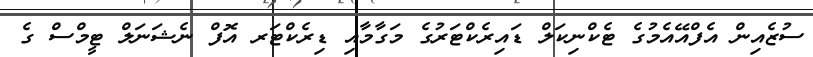
ސުޒެއިން އެފްއޭއެމުގެ ޓެކްނިކަލް ޑައިރެކްޓަރުގެ މަގާމާއި ޑިރެކްޓަރ އޮފް ނެޝަނަލް ޓީމްސް ގެ